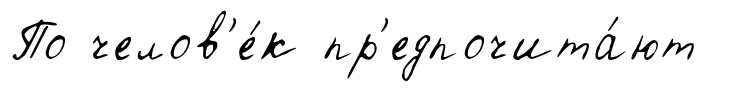
По челов'е́к пр'едпочита́ют